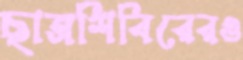
ছাত্রশিবিরেরও